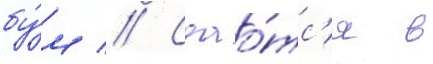
бу́м // Сдао́тс'я в